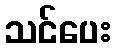
သင်ပေး